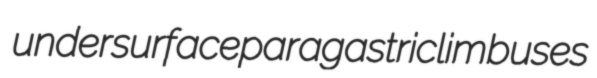
undersurface paragastric limbuses